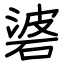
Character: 碆